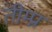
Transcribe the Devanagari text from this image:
तीम्प्न